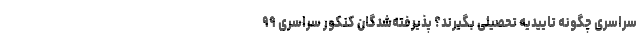
سراسری چگونه تاییدیه تحصیلی بگیرند؟ پذیرفته‌شدگان کنکور سراسری ۹۹